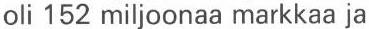
oli 152 miljoonaa markkaa ja